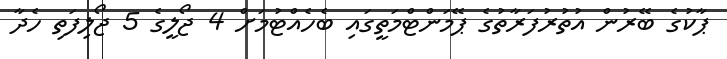
ޕާކުގެ ބޭރުން އުތުރުފަރާތުގެ ޕޭމަންޓްމަތީގައި ބެހެއްޓުމަށް 4 ޖޯލީގެ 5 ޖޯލިފަތި ހެދާ